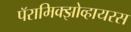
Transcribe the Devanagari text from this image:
पॅरामिक्झोव्हायरस